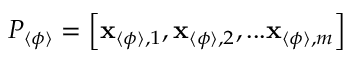
P _ { \langle \phi \rangle } = \left[ \mathbf { x } _ { \langle \phi \rangle , 1 } , \mathbf { x } _ { \langle \phi \rangle , 2 } , . . . \mathbf { x } _ { \langle \phi \rangle , m } \right]